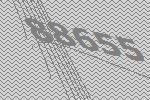
88655